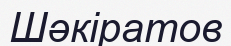
Шәкіратов